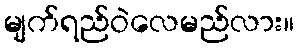
မျက်ရည်ဝဲလေမည်လား။